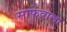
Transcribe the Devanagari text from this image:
साफेवाला